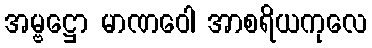
အမ္ဗဋ္ဌော မာဏဝေါ အာစရိယကုလေ